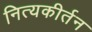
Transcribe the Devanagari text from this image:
नित्यकीर्तन